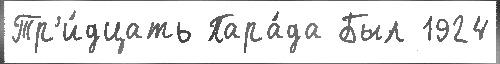
Тр'и́дцать Пара́да Был 1924